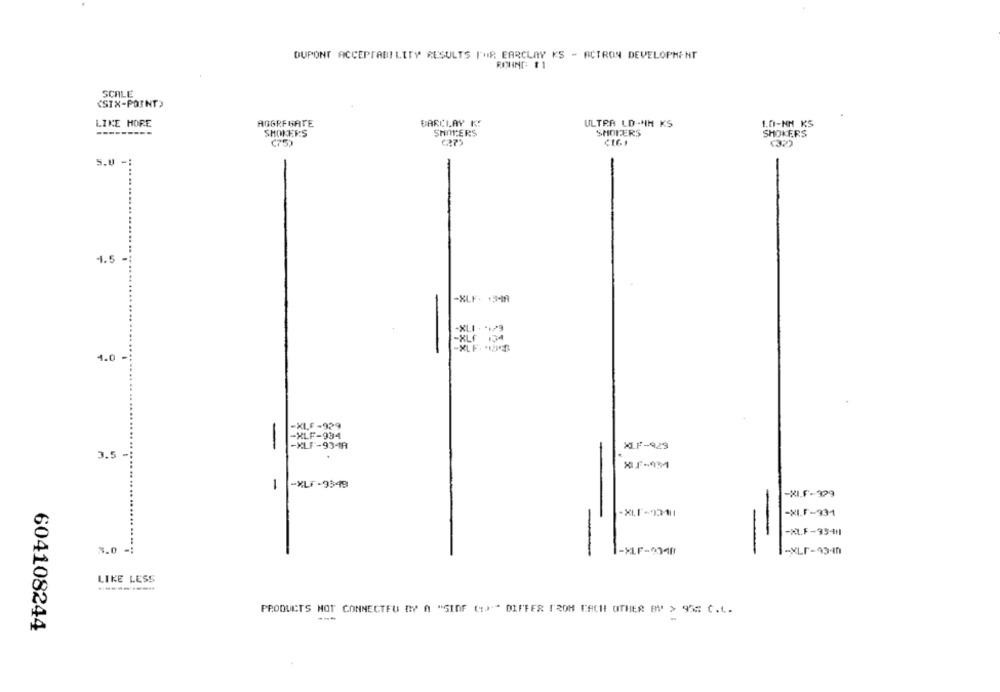
DUPONT ACCEPTABILITY RESULTS ['OR BARCLAY KS - ACTRON DEVELOPMENT
ROUND #1
SCALE
(SIX-POINT>
LIKE HORE
AGGREGATE
BARCLAY K:
ULTRA LD-NH KS
1.0-NH KS
SMOKERS
SHOPERS
SHOTERS
SHOKERS
(75)
5.0 -
4.5 -
-XLF. +349
4.0
-XLF-929
-XLF-934
-
-XLF-934A
MF-929
3.5-
-
-XLF-9549
-XLF-329
-XLF-931
-XLF-9341
3.0 =:
-
-XLF-0348
-
LIKE LESS
PRODUCTS NOT CONNECTFU DY A "SINF ()"" DIFFER FROM EACH OTHER BY > 95= C.L.
604108244